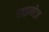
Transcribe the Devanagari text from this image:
राइनोज़